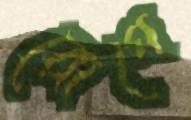
রোগে